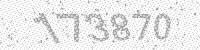
Solution: 173870